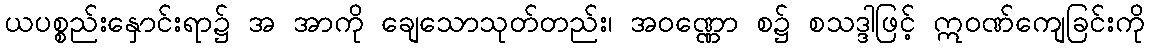
ယပစ္စည်းနှောင်းရာ၌ အ အာကို ချေသောသုတ်တည်း၊ အဝဏ္ဏော စ၌ စသဒ္ဒါဖြင့် ဣဝဏ်ကျေခြင်းကို